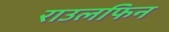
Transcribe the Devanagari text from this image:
राउलफिन